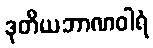
ဒုတိယဘာဏဝါရံ